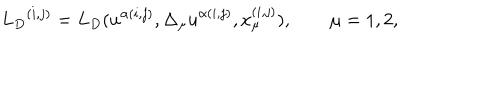
LaTeX: { { L } _ { D } } ^ { ( i , j ) } = { L } _ { D } ( u ^ { \alpha ( i , j ) } , { \Delta _ { \mu } u } ^ { \alpha ( i , j ) } , x _ { \mu } ^ { ( i , j ) } ) , \qquad \mu = 1 , 2 ,